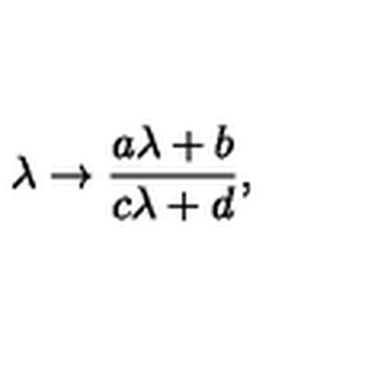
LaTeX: \lambda \rightarrow { \frac { a \lambda + b } { c \lambda + d } } ,